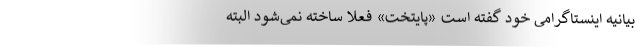
بیانیه اینستاگرامی خود گفته است «پایتخت» فعلاً ساخته نمی‌شود البته